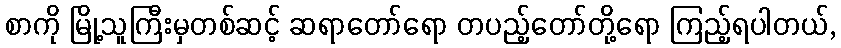
စာကို မြို့သူကြီးမှတစ်ဆင့် ဆရာတော်ရော တပည့်တော်တို့ရော ကြည့်ရပါတယ်,